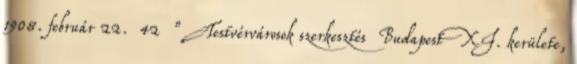
1908. február 22. 42 ” Testvérvárosok szerkesztés Budapest XI. kerülete,